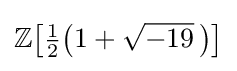
\mathbb {Z} {\bigl [}{\tfrac {1}{2}}{\bigl (}1+{\sqrt {-19}}~\!{\bigr )}{\bigr ]}